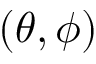
( \theta , \phi )